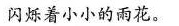
闪烁着小小的雨花。